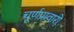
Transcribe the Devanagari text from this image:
चूर्णप्रावारो